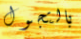
بالتجول